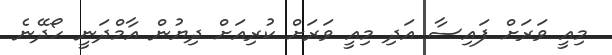
މިއީ ވަރަށް ފައިސާ އަދި މިއީ ވަރަށް ކުރިއަށް ދިޔުން އާމްދަނީ ހޯދޭނެ